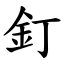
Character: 釘